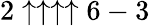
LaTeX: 2\uparrow\uparrow\uparrow\uparrow 6-3